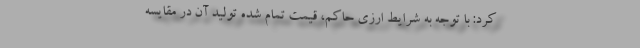
کرد: با توجه به شرایط ارزی حاکم، قیمت تمام شده تولید آن در مقایسه